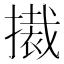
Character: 𭢚